Code of medical and sanitary regulations for the guidance of medical officers serving in the Madras Presidency - Volume I
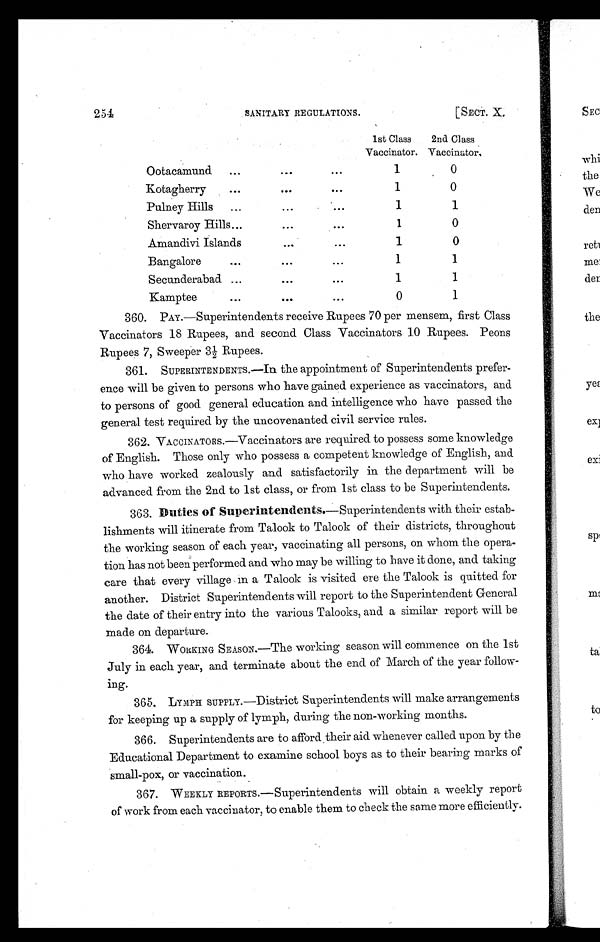
254 SANITARY REGULATIONS. [SECT. X.
1st Class
Vaccinator.
2nd Class
Vaccinator.
Ootacamund ...
...
. . .
1
0
Kotagherry
...
...
. . .
1
0
Pulney Hills ...
...
. . .
1
1
Shervaroy Hills ...
...
. . .
1
0
Amandivi Islands
. . .
. . .
1
0
Bangalore
...
...
...
1
1
Secunderabad ...
...
. . .
1
1
Kamptee
...
...
. . .
0
1
360. PAY.—Superintendents receive Rupees 70 per mensem, first Class
Vaccinators 18 Rupees, and second Class Vaccinators 10 Rupees. Peons
Rupees 7, Sweeper 3½ Rupees.
361. SUPERINTENDENTS.—In the appointment of Superintendents prefer-
ence will be given to persons who have gained experience as vaccinators, and
to persons of good general education and intelligence who have passed the
general test required by the uncovenanted civil service rules.
362. VACCINATORS.—Vaccinators are required to possess some knowledge
of English. Those only who possess a competent knowledge of English, and
who have worked zealously and satisfactorily in the department will be
advanced from the 2nd to 1st class, or from 1st class to be Superintendents.
363.
Duties of Superintendents.—Superintendents with their estab-
lishments will itinerate from Talook to Talook of their districts, throughout
the working season of each year, vaccinating all persons, on whom the opera-
tion has not been performed and who may be willing to have it done, and taking
care that every village in a Talook is visited ere the Talook is quitted for
another. District Superintendents will report to the Superintendent General
the date of their entry into the various Talooks, and a similar report will be
made on departure.
364. WORKING SEASON.—The working season will commence on the 1st
July in each year, and terminate about the end of March of the year follow-
ing.
365. LYMPH SUPPLY.—District Superintendents will make arrangements
for keeping up a supply of lymph, during the non-working months.
366. Superintendents are to afford their aid whenever called upon by the
Educational Department to examine school boys as to their bearing marks of
small-pox, or vaccination.
367. WEEKLY REPORTS.—Superintendents will obtain a weekly report
of work from each vaccinator, to enable them to check the same more efficiently.